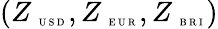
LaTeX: \left(Z_{\mathrm{~\tiny~U~S~D~}},Z_{\mathrm{~\tiny~E~U~R~}},Z_{\mathrm{~\tiny~B~R~I~}}\right)